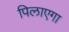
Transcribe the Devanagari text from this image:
पिलाएगा